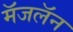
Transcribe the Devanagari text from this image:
मॅजलॅन